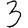
Digit: 3